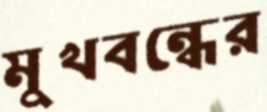
মুখবন্ধের